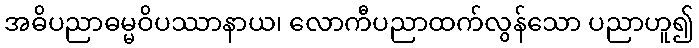
အဓိပညာဓမ္မဝိပဿာနာယ၊ လောကီပညာထက်လွန်သော ပညာဟူ၍